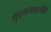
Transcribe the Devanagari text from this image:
मुद्गलशास्त्रीही